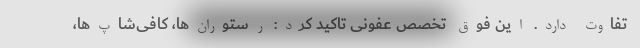
تفاوت دارد. این فوق تخصص عفونی تاکید کرد: رستوران‌ها، کافی‌شاپ‌ها،